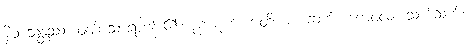
နိဝါသေန္တဿ၊ ဝတ်သောရဟန်း၏။ ဒုက္ကဋံ ဟောတိ။ စ၊ ဆက်။ ကေဝလံ၊ သက်သက်။